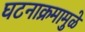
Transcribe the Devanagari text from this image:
घटनाक्रमामुळे